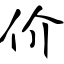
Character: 价